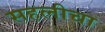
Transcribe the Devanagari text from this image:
सहलीचा